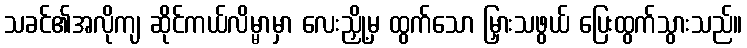
သခင်၏အလိုကျ ဆိုင်ကယ်လိမ္မာမှာ လေးညှို့မှ ထွက်သော မြှားသဖွယ် ပြေးထွက်သွားသည်။